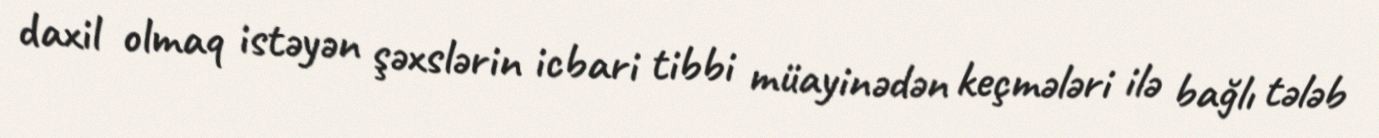
daxil olmaq istəyən şəxslərin icbari tibbi müayinədən keçmələri ilə bağlı tələb